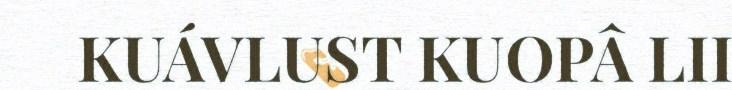
KUÁVLUST KUOPÂ LII